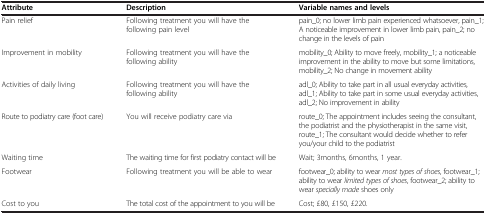
| Attribute | Description | Variable names and levels |
 | --- | --- | --- |
 | Pain relief | Following treatment you will have the following pain level | pain_0; no lower limb pain experienced whatsoever, pain_1; A noticeable improvement in lower limb pain, pain_2; no change in the levels of pain |
 | Improvement in mobility | Following treatment you will have the following ability | mobility_0; Ability to move freely, mobility_1; a noticeable improvement in the ability to move but some limitations, mobility_2; No change in movement ability |
 | Activities of daily living | Following treatment you will have the following ability | adl_0; Ability to take part in all usual everyday activities, adl_1; Ability to take part in some usual everyday activities, adl_2; No improvement in ability |
 | Route to podiatry care (foot care) | You will receive podiatry care via | route_0; The appointment includes seeing the consultant, the podiatrist and the physiotherapist in the same visit, route_1; The consultant would decide whether to refer you/your child to the podiatrist |
 | Waiting time | The waiting time for first podiatry contact will be | Wait; 3months, 6months, 1 year. |
 | Footwear | Following treatment you will be able to wear | footwear_0; ability to wear most types of shoes, footwear_1; ability to wear limited types of shoes, footwear_2; ability to wear specially made shoes only |
 | Cost to you | The total cost of the appointment to you will be | Cost; £80, £150, £220. |